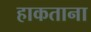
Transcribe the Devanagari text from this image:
हाकताना